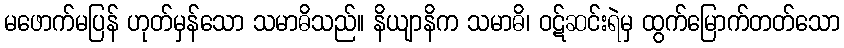
မဖောက်မပြန် ဟုတ်မှန်သော သမာဓိသည်။ နိယျာနိက သမာဓိ၊ ဝဋ်ဆင်းရဲမှ ထွက်မြောက်တတ်သော